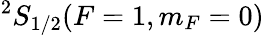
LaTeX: {}^{2}S_{1/2}(F=1,m_{F}=0)